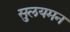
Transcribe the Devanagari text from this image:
सुलयमन